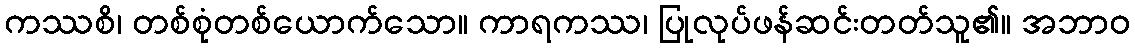
ကဿစိ၊ တစ်စုံတစ်ယောက်သော။ ကာရကဿ၊ ပြုလုပ်ဖန်ဆင်းတတ်သူ၏။ အဘာဝ